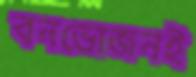
বনভোজনই